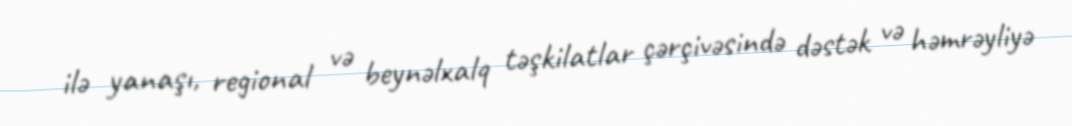
ilə yanaşı, regional və beynəlxalq təşkilatlar çərçivəsində dəstək və həmrəyliyə